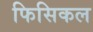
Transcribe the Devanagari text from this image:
फिसिकल